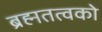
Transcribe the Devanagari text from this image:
ब्रह्मतत्वको